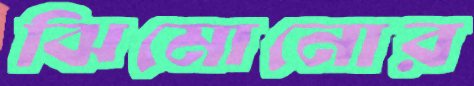
ঝিমোনোর